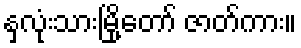
နှလုံးသားမြို့တော် ဇာတ်ကား။